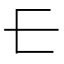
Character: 𰀂